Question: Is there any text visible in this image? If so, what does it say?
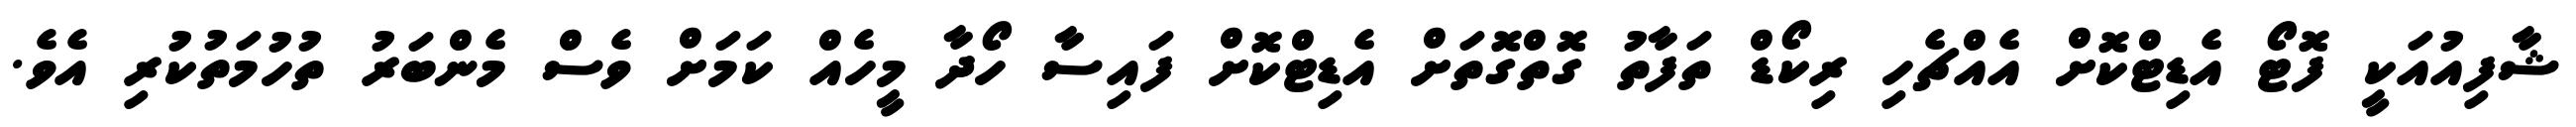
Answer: ޝާފިއުއަކީ ފޮޓޯ އެޑިޓްކޮށް އެއްޗެހި ރިކޯޑް ތަފާތު ގޮތްގޮތަށް އެޑިޓްކޮށް ފައިސާ ހޯދާ މީހެއް ކަމަށް ވެސް މެންބަރު ތުހުމަތުކުރި އެވެ.